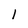
Character: 1